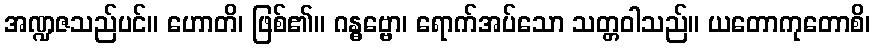
အဏ္ဍဇသည်ပင်။ ဟောတိ၊ ဖြစ်၏။ ဂန္ဓဗ္ဗော၊ ရောက်အပ်သော သတ္တဝါသည်။ ယတောကုတောစိ၊